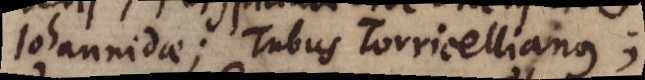
Johannidae;Tubus Torricellianus;